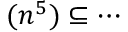
( n ^ { 5 } ) \subseteq \cdots